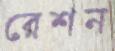
রেশন